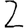
Digit: 2